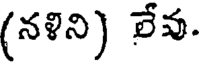
(నళిని) లేవు.